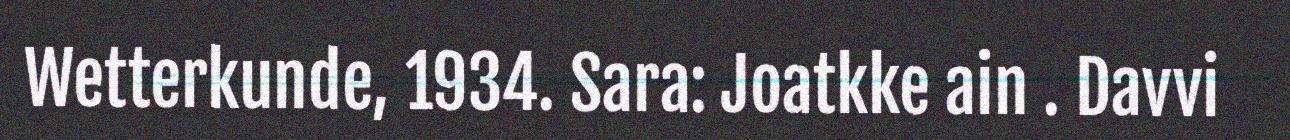
Wetterkunde, 1934. Sara: Joatkke ain . Davvi